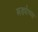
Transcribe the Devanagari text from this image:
खर्ड्यांच्या